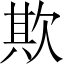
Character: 欺